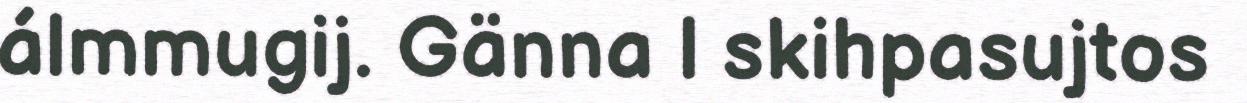
álmmugij. Gänna l skihpasujtos